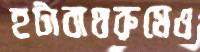
হটাবাথরুমেও